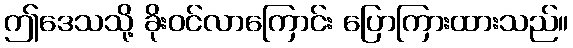
ဤဒေသသို့ ခိုးဝင်လာကြောင်း ပြောကြားထားသည်။